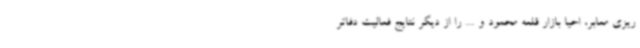
ریزی معابر، احیا بازار قلعه محمود و ... را از دیگر نتایج فعالیت دفاتر